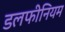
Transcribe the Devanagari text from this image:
डलफीनियम